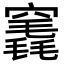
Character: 竁